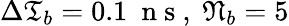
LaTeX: \Delta\mathfrak{T}_{b}=0.1\ \mathrm{~n~s~},\ \mathfrak{N}_{b}=5